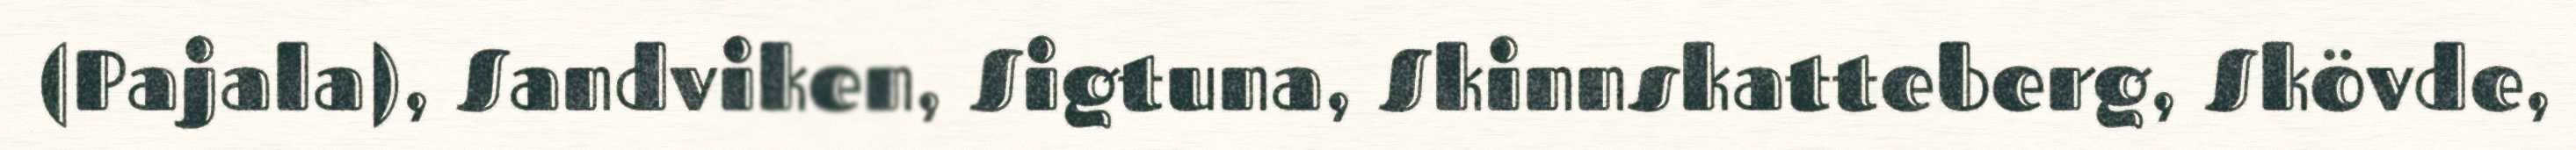
(Pajala), Sandviken, Sigtuna, Skinnskatteberg, Skövde,